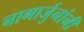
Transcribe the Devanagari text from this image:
नागार्जुनांनी